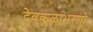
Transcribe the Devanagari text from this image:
देवकुळाभरणो